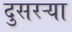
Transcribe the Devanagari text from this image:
दुसरऱ्या